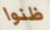
ظنوا